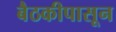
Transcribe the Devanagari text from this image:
बैठकीपासून